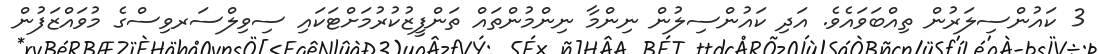
3 ކައުންސިލަރުން ތިއްބަވައެވެ. އަދި ކައުންސިލުން ނިންމާ ނިންމުންތައް ތަންފީޒުކުރުމަށްޓަކައި ސިވިލްސަރވިސްގެ މުވައްޒަފުން